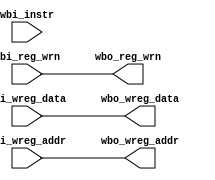
`timescale 1ns / 1ps
//////////////////////////////////////////////////////////////////////////////////
// Company: 
// Engineer: 
// 
// Design Name: 
// Module Name:    wb 
// Project Name: 
// Target Devices: 
// Tool versions: 
// Description: 
//
// Dependencies: 
//
// Revision: 
// Revision 0.01 - File Created
// Additional Comments: 
//
//////////////////////////////////////////////////////////////////////////////////
module wb(
	 input [15:0] wbi_instr,
	 input [15:0] wbi_wreg_data,
	 input [3:0] wbi_wreg_addr,
	 input wbi_reg_wrn,
	 
	 output [3:0] wbo_wreg_addr,
	 output [15:0] wbo_wreg_data,
	 output wbo_reg_wrn
    );
	assign wbo_reg_wrn = wbi_reg_wrn;
	assign wbo_wreg_data = wbi_wreg_data;
	assign wbo_wreg_addr = wbi_wreg_addr;

endmodule